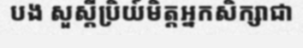
បង សួស្តីប្រិយ៍មិត្តអ្នកសិក្សាជា